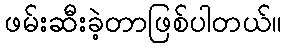
ဖမ်းဆီးခဲ့တာဖြစ်ပါတယ်။